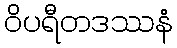
ဝိပရီတဒဿနံ